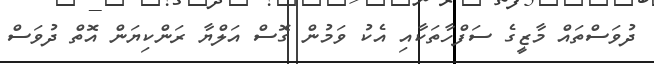
ދުވަސްތައް މާޒީގެ ސަފްހާތަކާއި އެކު ވަމުން ގޮސް އަލްޔާ ރަންކިޔަން އޮތް ދުވަސް